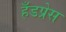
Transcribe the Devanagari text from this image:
हँडप्रेस